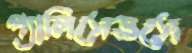
প্যালিসেডসে